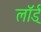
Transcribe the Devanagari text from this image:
लॉर्ड्